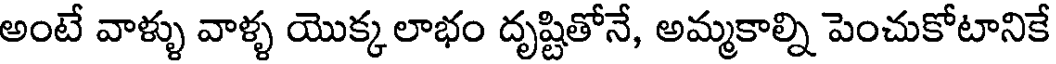
అంటే వాళ్ళు వాళ్ళ యొక్క లాభం దృష్టితోనే, అమ్మకాల్ని పెంచుకోటానికే